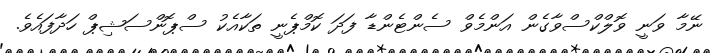
ނޭމާ ވަނީ ވޮލްކްސްވާގެން އަންމެވް ސެންޓެންޑާ ފަދަ ކޮމްޕެނީ ތަކާއެކު ސްޕޮންސަޝިޕް ހަދާފައެވެ.